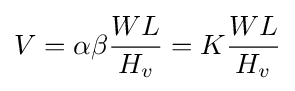
V=\alpha \beta {\frac {WL}{H_{v}}}=K{\frac {WL}{H_{v}}}